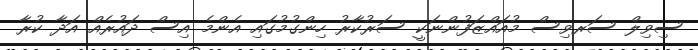
ސިވިލް ސަރވިސް މުއައްޒަފުންނަކީ ސަރުކާރު ހިންގުމުގައި އެންމެ އިސް ދައުރެއް އަދާ ކުރާ